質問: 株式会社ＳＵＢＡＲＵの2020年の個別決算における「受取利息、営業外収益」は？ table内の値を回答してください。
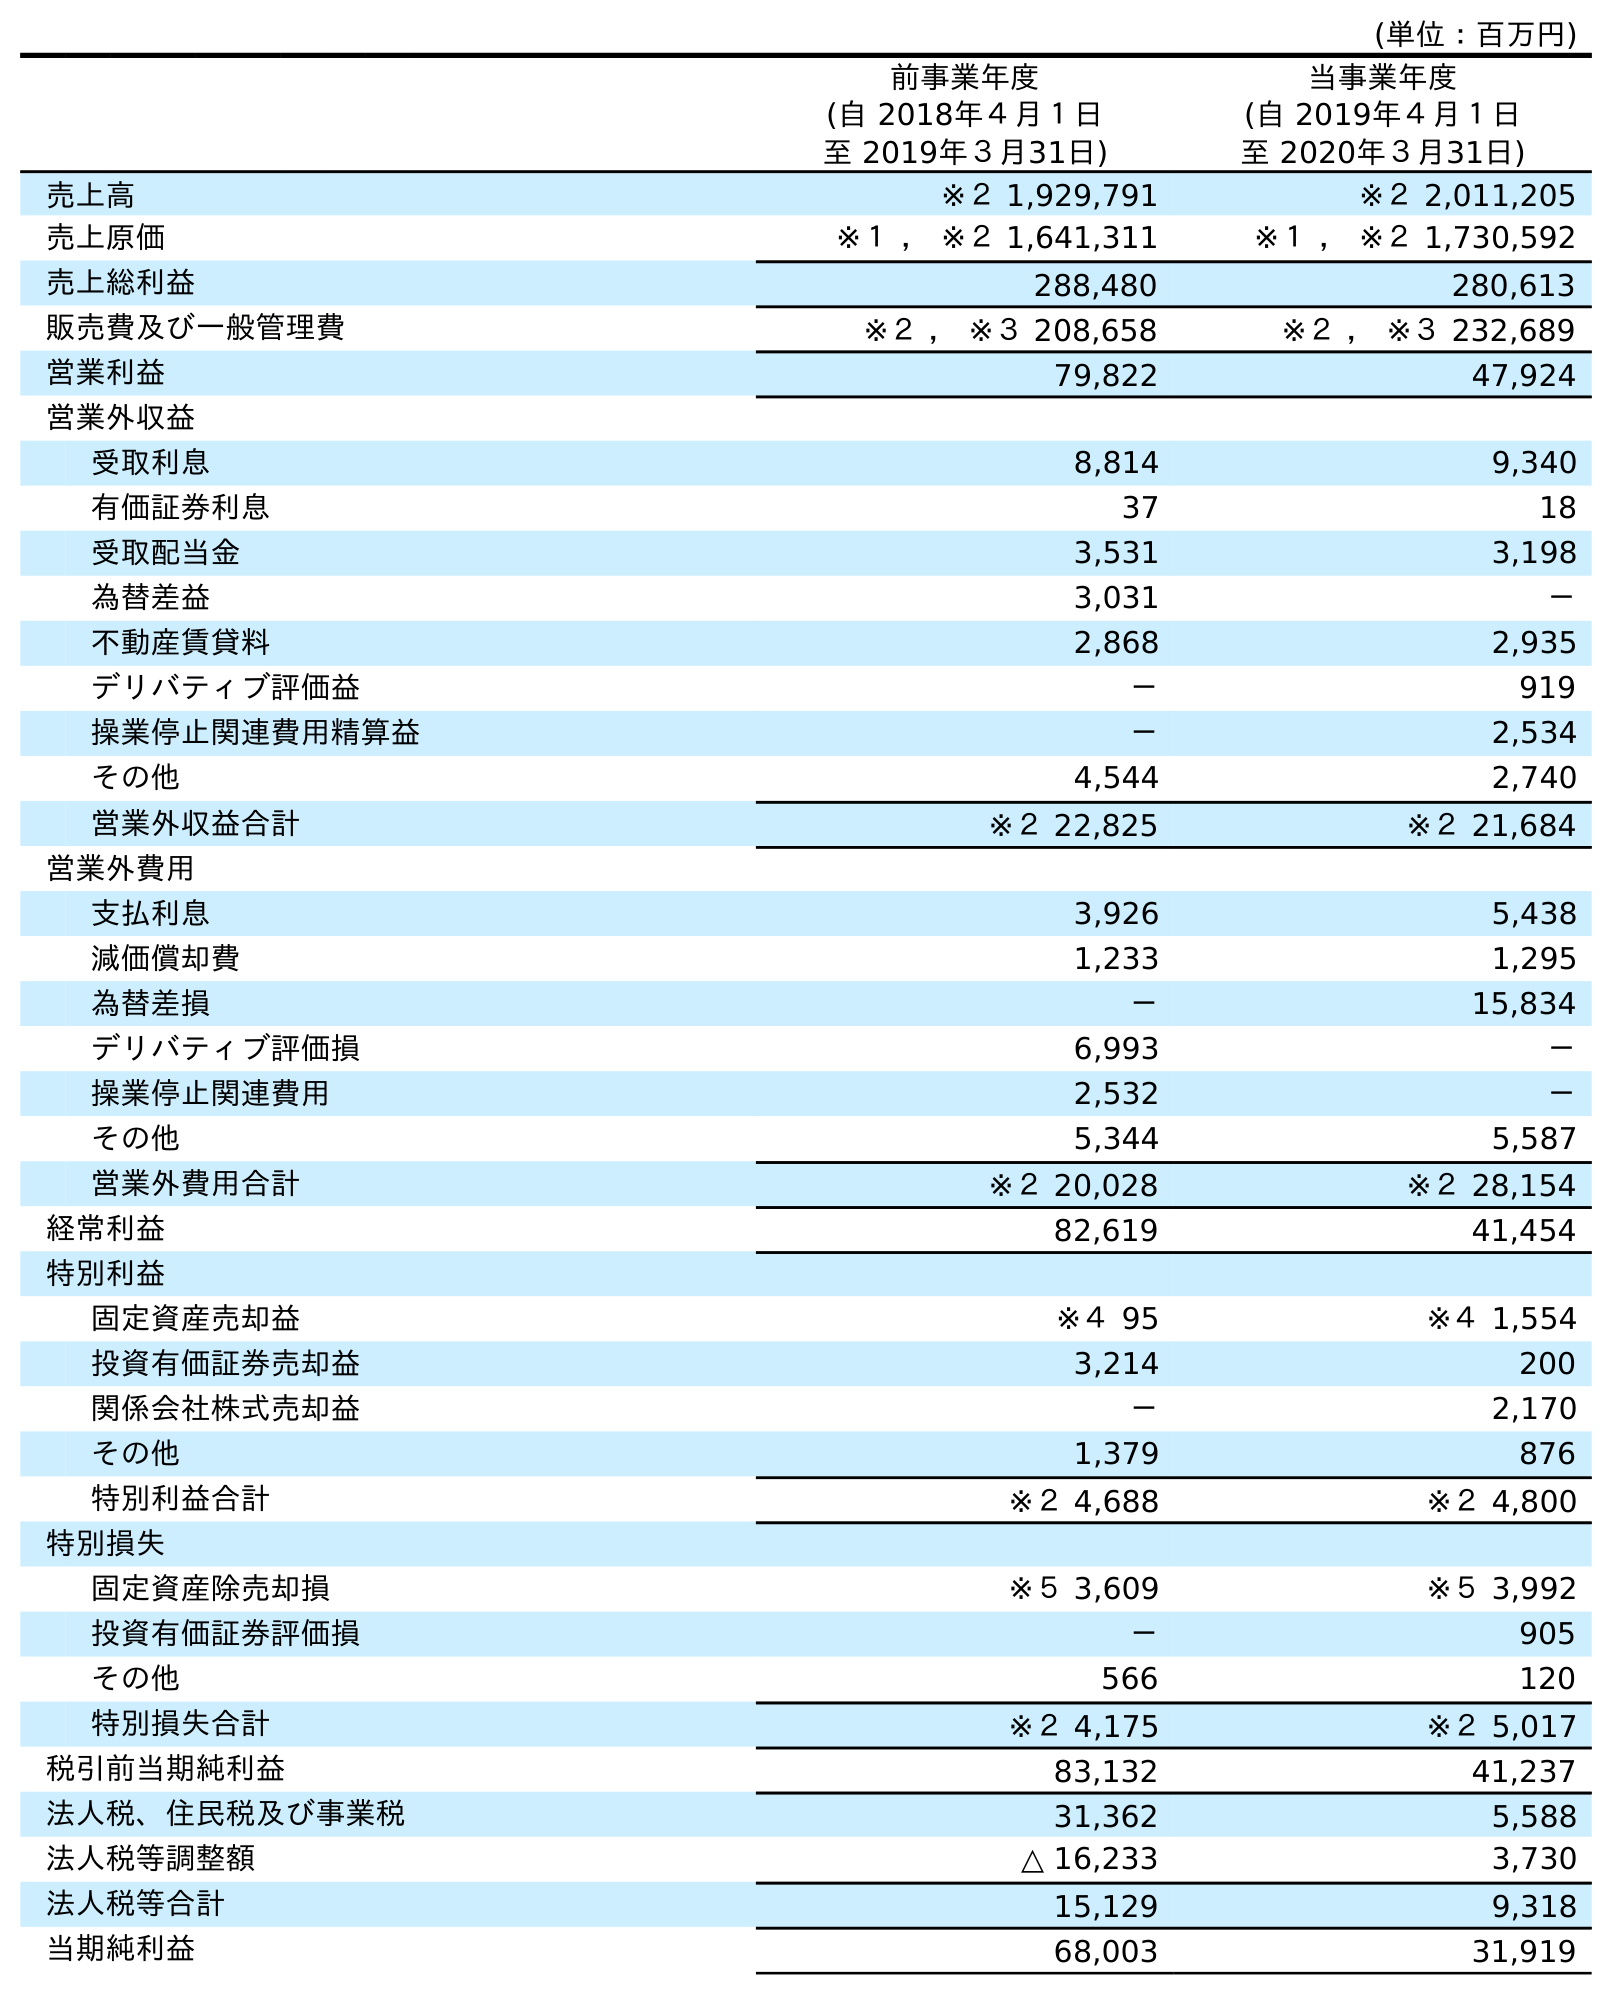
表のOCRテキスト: (単位：百万円) 前事業年度 (自 2018年４月１日 至 2019年３月31日) 当事業年度 (自 2019年４月１日 至 2020年３月31日) 売上高 ※２ 1,929,791 ※２ 2,011,205 売上原価 ※１ ， ※２ 1,641,311 ※１ ， ※２ 1,730,592 売上総利益 288,480 280,613 販売費及び一般管理費 ※２ ， ※３ 208,658 ※２ ， ※３ 232,689 営業利益 79,822 47,924 営業外収益 受取利息 8,814 9,340 有価証券利息 37 18 受取配当金 3,531 3,198 為替差益 3,031 － 不動産賃貸料 2,868 2,935 デリバティブ評価益 － 919 操業停止関連費用精算益 － 2,534 その他 4,544 2,740 営業外収益合計 ※２ 22,825 ※２ 21,684 営業外費用 支払利息 3,926 5,438 減価償却費 1,233 1,295 為替差損 － 15,834 デリバティブ評価損 6,993 － 操業停止関連費用 2,532 － その他 5,344 5,587 営業外費用合計 ※２ 20,028 ※２ 28,154 経常利益 82,619 41,454 特別利益 固定資産売却益 ※４ 95 ※４ 1,554 投資有価証券売却益 3,214 200 関係会社株式売却益 － 2,170 その他 1,379 876 特別利益合計 ※２ 4,688 ※２ 4,800 特別損失 固定資産除売却損 ※５ 3,609 ※５ 3,992 投資有価証券評価損 － 905 その他 566 120 特別損失合計 ※２ 4,175 ※２ 5,017 税引前当期純利益 83,132 41,237 法人税、住民税及び事業税 31,362 5,588 法人税等調整額 △ 16,233 3,730 法人税等合計 15,129 9,318 当期純利益 68,003 31,919
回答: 9,340